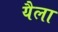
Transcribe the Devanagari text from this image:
यैला